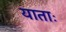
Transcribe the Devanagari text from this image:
याताः